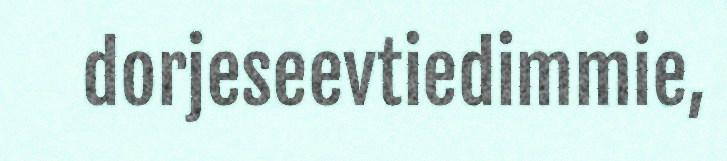
dorjeseevtiedimmie,